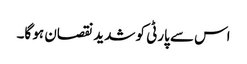
اس سے پارٹی کو شدید نقصان ہو گا۔